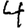
Digit: 4